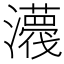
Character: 𤃿